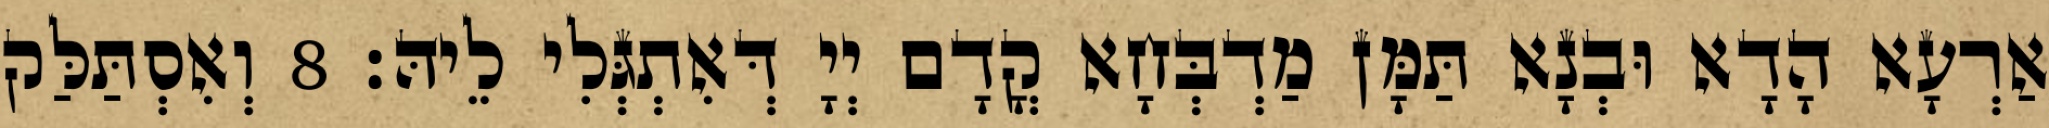
אַרְעָא הָדָא וּבְנָא תַּמָּן מַדְבְּחָא קֳדָם יְיָ דְּאִתְגְּלִי לֵיהּ׃ 8 וְאִסְתַּלַּק